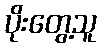
ပိုးတွေ့သူ